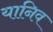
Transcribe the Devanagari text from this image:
यानिव